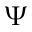
\Psi